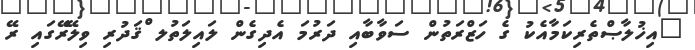
"އިޚުލާޞްތެރިކަމާއެކު ގެ ހަޒްރަތުން ސަވާބާއި ދަރުމަ އެދިގެން ލައިލަތުލ ްޤަދުރި ވިލޭރޭގައި ރޭ